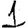
Digit: 1